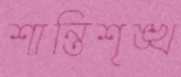
শান্তিশৃঙ্খ